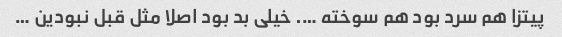
پیتزا هم سرد بود هم سوخته …. خیلی بد بود اصلا مثل قبل نبودین …